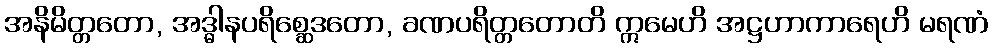
အနိမိတ္တတော, အဒ္ဓါနပရိစ္ဆေဒတော, ခဏပရိတ္တတောတိ ဣမေဟိ အဋ္ဌဟာကာရေဟိ မရဏံ